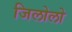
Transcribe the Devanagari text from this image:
जिलोलो